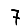
Digit: 7